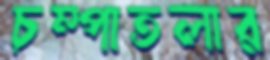
চম্পাতলার